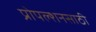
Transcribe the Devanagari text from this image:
प्रोपल्शनसाठी